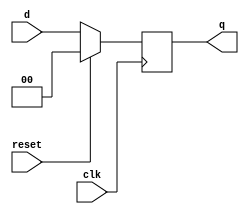
module dff2b(clk,d,reset,q);
input[1:0] d;
input clk,reset;
output[1:0] q;
reg[1:0] q;
always@(posedge clk)
begin
if(reset==1'b1)
	q<=0;
else
	q<=d;
end
endmodule